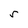
Character: S